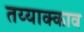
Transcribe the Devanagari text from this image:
तय्याक्काव